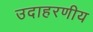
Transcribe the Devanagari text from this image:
उदाहरणीय